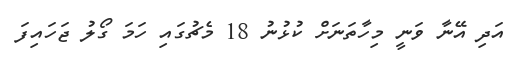
އަދި އޭނާ ވަނީ މިހާތަނަށް ކުޅުނު 18 މެޗުގައި ހަމަ ގޯލު ޖަހައިފަ